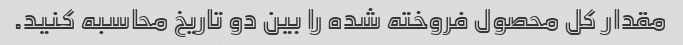
مقدار کل محصول فروخته شده را بین دو تاریخ محاسبه کنید.